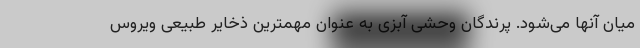
میان آنها می‌شود. پرندگان وحشی آبزی به عنوان مهمترین ذخایر طبیعی ویروس